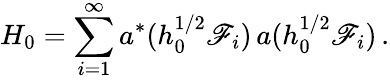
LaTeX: H_{0}=\sum_{i=1}^{\infty}a^{*}(h_{0}^{1/2}\mathscr{F}_{i})\, a(h_{0}^{1/2}\mathscr{F}_{i})\, .